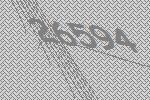
26594